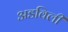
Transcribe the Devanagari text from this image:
अडविली